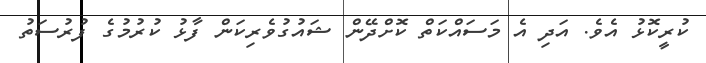
ކުރީކޮޅު އެވެ. އަދި އެ މަސައްކަތް ކޮށްދޭން ޝައުގުވެރިކަން ފާޅު ކުރުމުގެ ފުރުސަތު